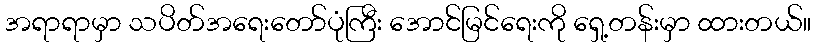
အရာရာမှာ သပိတ်အရေးတော်ပုံကြီး အောင်မြင်ရေးကို ရှေ့တန်းမှာ ထားတယ်။